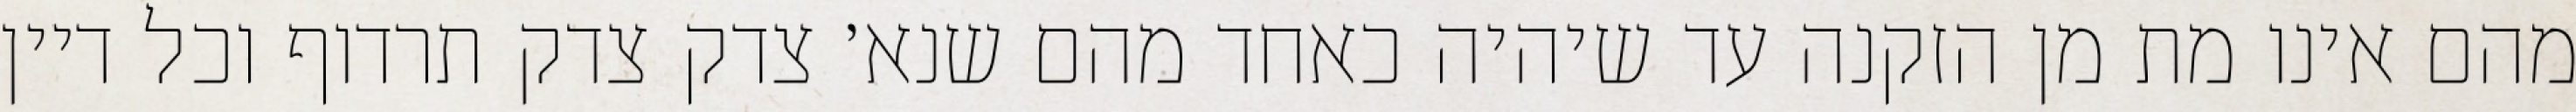
מהם אינו מת מן הזקנה עד שיהיה כאחד מהם שנא׳ צדק צדק תרדוף וכל דיין